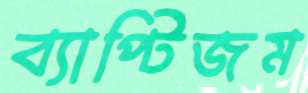
ব্যাপ্টিজম